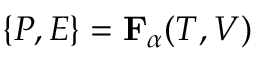
{ \{ P , E \} } = \mathbf { F } _ { \alpha } ( T , V )